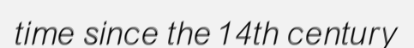
time since the 14th century